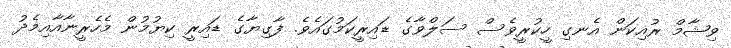
ވިޝާމް ރުއިކަން އެނގި ހީކުރީވެސް ސަލްވާގެ ޑައިރީކަމުގައެވެ. ފާގިޔާގެ ޑައިރީ ކިޔުމުން މެހެރީނާއާއިމެދު